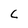
Character: C